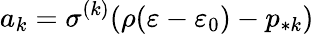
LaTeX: a_{k}=\sigma^{(k)}(\rho(\varepsilon-\varepsilon_{0})-p_{*k})